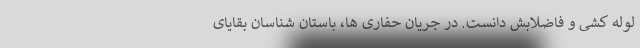
لوله کشی و فاضلابش دانست. در جریان حفاری ها، باستان شناسان بقایای